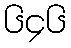
၆၄၆